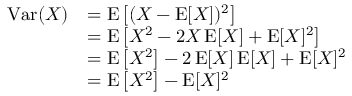
{ \begin{array} { r l } { \operatorname { V a r } ( X ) } & { = \operatorname { E } \left[ ( X - \operatorname { E } [ X ] ) ^ { 2 } \right] } \\ & { = \operatorname { E } \left[ X ^ { 2 } - 2 X \operatorname { E } [ X ] + \operatorname { E } [ X ] ^ { 2 } \right] } \\ & { = \operatorname { E } \left[ X ^ { 2 } \right] - 2 \operatorname { E } [ X ] \operatorname { E } [ X ] + \operatorname { E } [ X ] ^ { 2 } } \\ & { = \operatorname { E } \left[ X ^ { 2 } \right] - \operatorname { E } [ X ] ^ { 2 } } \end{array} }